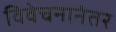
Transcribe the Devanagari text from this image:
विवेचनानंतर